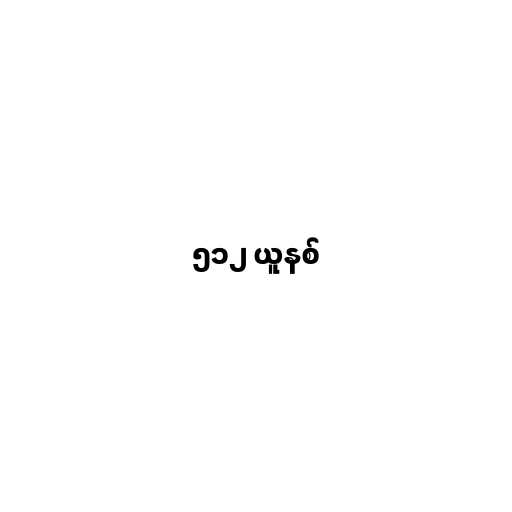
၅၁၂ ယူနစ်